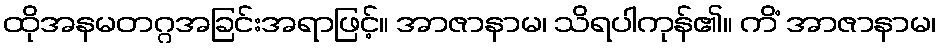
ထိုအနမတဂ္ဂအခြင်းအရာဖြင့်။ အာဇာနာမ၊ သိရပါကုန်၏။ ကိံ အာဇာနာမ၊